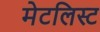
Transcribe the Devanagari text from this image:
मेटलिस्ट